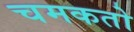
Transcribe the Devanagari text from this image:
चमकतो